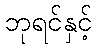
ဘုရင်နှင့်